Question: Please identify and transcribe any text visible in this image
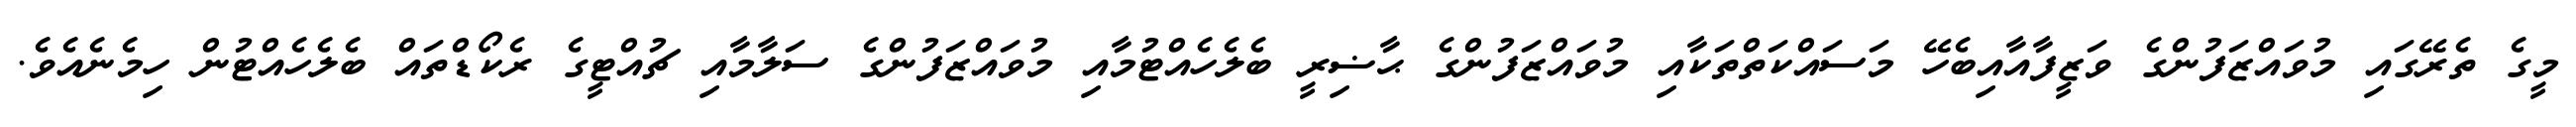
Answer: މީގެ ތެރޭގައި މުވައްޒަފުންގެ ވަޒީފާއާއިބެހޭ މަސައްކަތްތަކާއި މުވައްޒަފުންގެ ޙާޟިރީ ބެލެހެއްޓުމާއި މުވައްޒަފުންގެ ސަލާމާއި ޗުއްޓީގެ ރެކޯޑްތައް ބެލެހެއްޓުން ހިމެނެއެވެ.